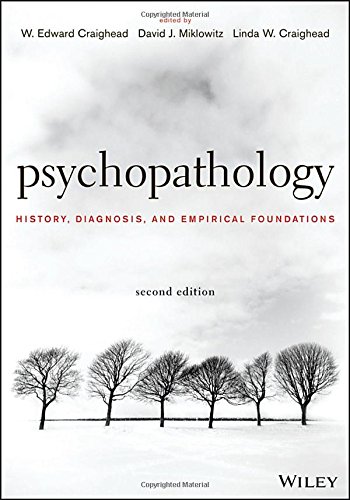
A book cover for Psychopathology: History, Diagnosis, and Empirical Foundations; Medical Books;